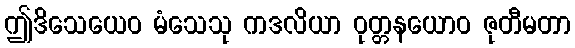
ဤဒိသေယေဝ မံသေသု ကဒလိယာ ဝုတ္တနယောဝ ဇုတီမတာ